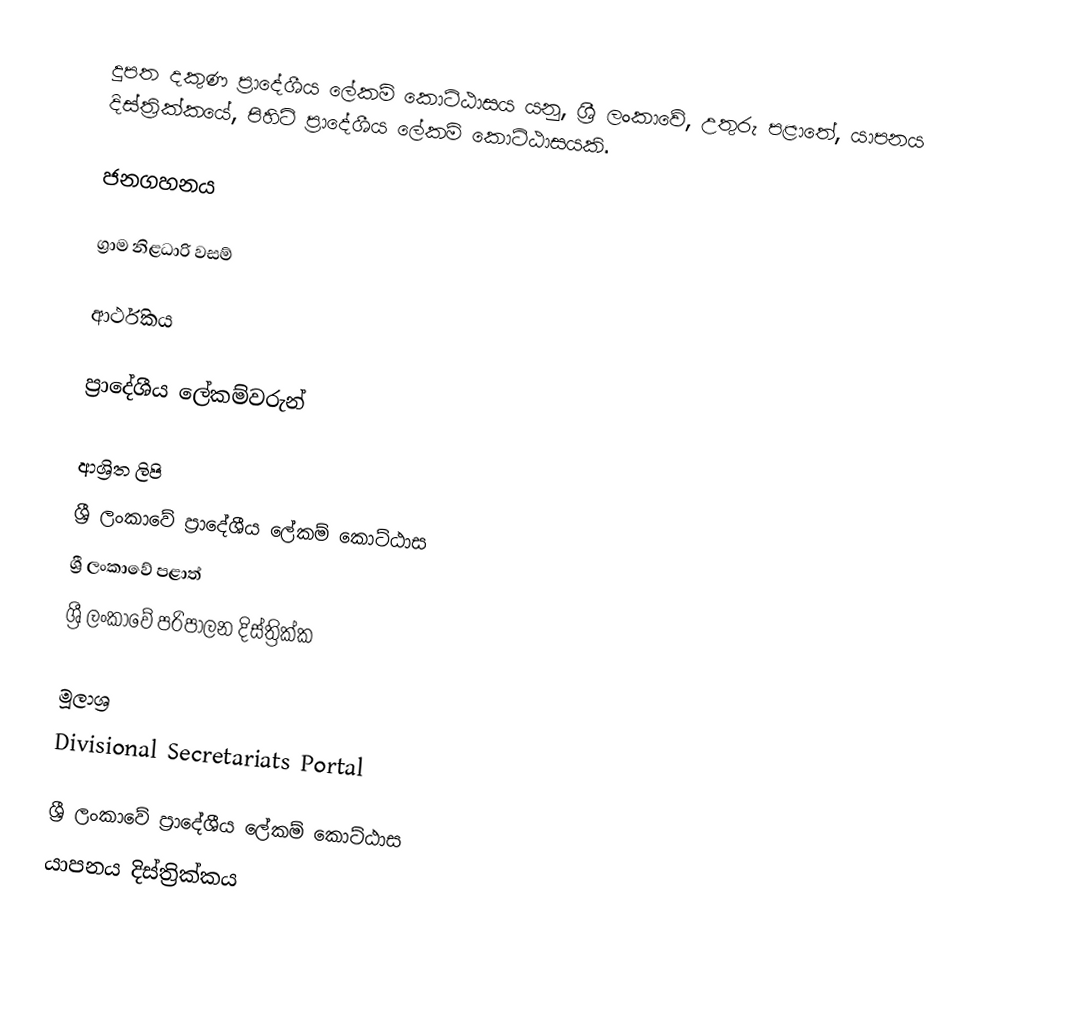
දුපත දකුණ ප්‍රාදේශීය ලේකම් කොට්ඨාසය යනු,  ශ්‍රී ලංකාවේ, උතුරු පළාතේ,   යාපනය දිස්ත්‍රික්කයේ, පිහිටි ප්‍රාදේශීය ලේකම් කොට්ඨාසයකි.

ජනගහනය

ග්‍රාම නිළධාරි වසම්

ආර්ථිකය

ප්‍රාදේශීය ලේකම්වරුන්

ආශ්‍රිත ලිපි
ශ්‍රී ලංකාවේ ප්‍රාදේශීය ලේකම් කොට්ඨාස
ශ්‍රී ලංකාවේ පළාත්
ශ්‍රී ලංකාවේ පරිපාලන දිස්ත්‍රික්ක

මූලාශ්‍ර
 Divisional Secretariats Portal

ශ්‍රී ලංකාවේ ප්‍රාදේශීය ලේකම් කොට්ඨාස
යාපනය දිස්ත්‍රික්කය